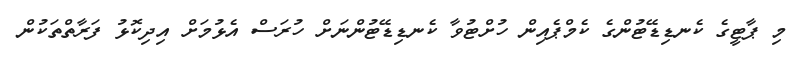
މި ޕާޓީގެ ކެނޑިޑޭޓުންގެ ކެމްޕެއިން ހުށްޓުވާ ކެނޑިޑޭޓުންނަށް ހުރަސް އެޅުމަށް އިދިކޮޅު ފަރާތްތަކުން